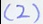
( 2 )